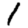
Digit: 1